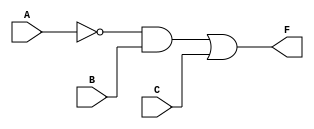
module Example (
    output F,
    input A,B,C
);

    wire An;

    assign An = !A;
    assign F = (An && B) || C;
    
endmodule